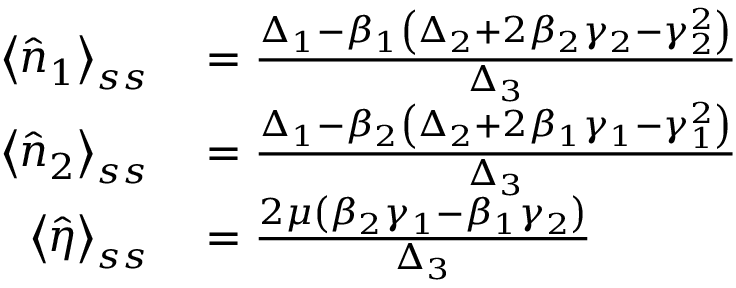
\begin{array} { r l } { \left\langle \hat { n } _ { 1 } \right\rangle _ { s s } } & { { } = \frac { \Delta _ { 1 } - \beta _ { 1 } \left( \Delta _ { 2 } + 2 \beta _ { 2 } \gamma _ { 2 } - \gamma _ { 2 } ^ { 2 } \right) } { \Delta _ { 3 } } } \\ { \left\langle \hat { n } _ { 2 } \right\rangle _ { s s } } & { { } = \frac { \Delta _ { 1 } - \beta _ { 2 } \left( \Delta _ { 2 } + 2 \beta _ { 1 } \gamma _ { 1 } - \gamma _ { 1 } ^ { 2 } \right) } { \Delta _ { 3 } } } \\ { \left\langle \hat { \eta } \right\rangle _ { s s } } & { { } = \frac { 2 \mu \left( \beta _ { 2 } \gamma _ { 1 } - \beta _ { 1 } \gamma _ { 2 } \right) } { \Delta _ { 3 } } } \end{array}